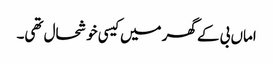
اماں بی کے گھر میں کیسی خوشحال تھی۔